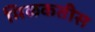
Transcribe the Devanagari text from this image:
मिळकतीस